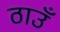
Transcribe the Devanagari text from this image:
ठाउँ